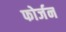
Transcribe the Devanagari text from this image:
फोर्जन